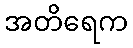
အတိရေက